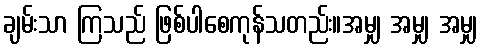
ချမ်းသာ ကြသည် ဖြစ်ပါစေကုန်သတည်း။အမျှ အမျှ အမျှ